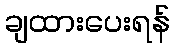
ချထားပေးရန်